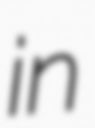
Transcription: in